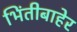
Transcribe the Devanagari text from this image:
भिंतीबाहेर